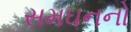
સમઘનનો